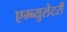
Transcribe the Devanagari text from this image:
एम्ब्युलेटरी